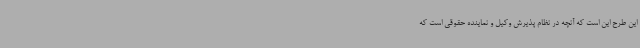
این طرح این است که آنچه در نظام پذیرش وکیل و نماینده حقوقی است که